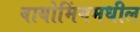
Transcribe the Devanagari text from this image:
वायोमिंगमधील